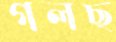
গলছ